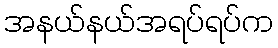
အနယ်နယ်အရပ်ရပ်က